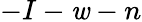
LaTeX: -I-\mathit{w}-n